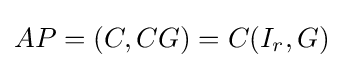
{\textstyle AP=(C,CG)=C(I_{r},G)}